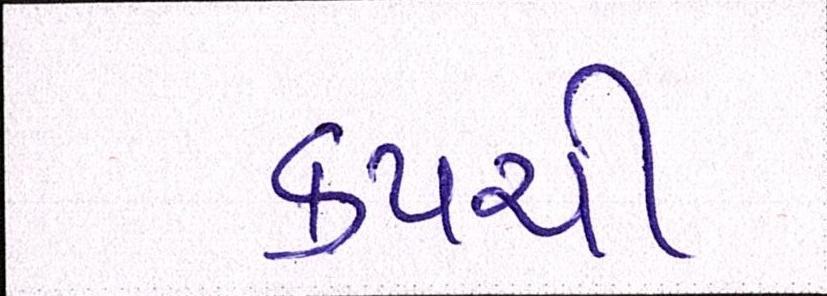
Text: કપચી